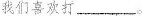
我们喜欢打 ___。